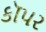
કૉપર